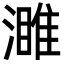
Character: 濉